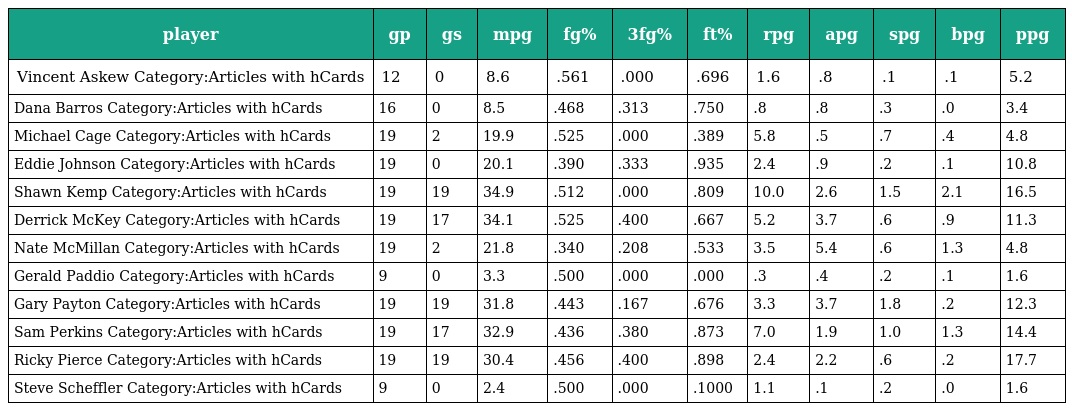
| player | gp | gs | mpg | fg% | 3fg% | ft% | rpg | apg | spg | bpg | ppg |
 | --- | --- | --- | --- | --- | --- | --- | --- | --- | --- | --- | --- |
 | Vincent Askew Category:Articles with hCards | 12 | 0 | 8.6 | .561 | .000 | .696 | 1.6 | .8 | .1 | .1 | 5.2 |
 | Dana Barros Category:Articles with hCards | 16 | 0 | 8.5 | .468 | .313 | .750 | .8 | .8 | .3 | .0 | 3.4 |
 | Michael Cage Category:Articles with hCards | 19 | 2 | 19.9 | .525 | .000 | .389 | 5.8 | .5 | .7 | .4 | 4.8 |
 | Eddie Johnson Category:Articles with hCards | 19 | 0 | 20.1 | .390 | .333 | .935 | 2.4 | .9 | .2 | .1 | 10.8 |
 | Shawn Kemp Category:Articles with hCards | 19 | 19 | 34.9 | .512 | .000 | .809 | 10.0 | 2.6 | 1.5 | 2.1 | 16.5 |
 | Derrick McKey Category:Articles with hCards | 19 | 17 | 34.1 | .525 | .400 | .667 | 5.2 | 3.7 | .6 | .9 | 11.3 |
 | Nate McMillan Category:Articles with hCards | 19 | 2 | 21.8 | .340 | .208 | .533 | 3.5 | 5.4 | .6 | 1.3 | 4.8 |
 | Gerald Paddio Category:Articles with hCards | 9 | 0 | 3.3 | .500 | .000 | .000 | .3 | .4 | .2 | .1 | 1.6 |
 | Gary Payton Category:Articles with hCards | 19 | 19 | 31.8 | .443 | .167 | .676 | 3.3 | 3.7 | 1.8 | .2 | 12.3 |
 | Sam Perkins Category:Articles with hCards | 19 | 17 | 32.9 | .436 | .380 | .873 | 7.0 | 1.9 | 1.0 | 1.3 | 14.4 |
 | Ricky Pierce Category:Articles with hCards | 19 | 19 | 30.4 | .456 | .400 | .898 | 2.4 | 2.2 | .6 | .2 | 17.7 |
 | Steve Scheffler Category:Articles with hCards | 9 | 0 | 2.4 | .500 | .000 | .1000 | 1.1 | .1 | .2 | .0 | 1.6 |